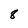
Character: 8